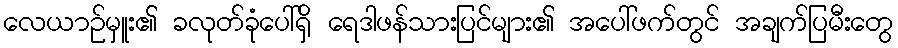
လေယာဉ်မှူး၏ ခလုတ်ခုံပေါ်ရှိ ရေဒါဖန်သားပြင်များ၏ အပေါ်ဖက်တွင် အချက်ပြမီးတွေ